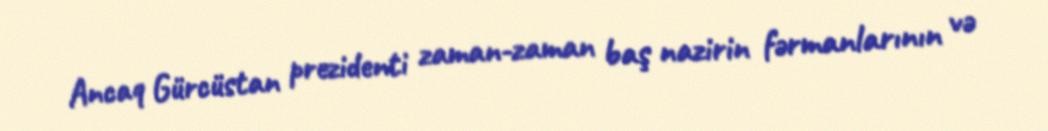
Ancaq Gürcüstan prezidenti zaman-zaman baş nazirin fərmanlarının və